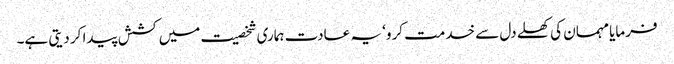
فرمایا مہمان کی کھلے دل سے خدمت کرو‘ یہ عادت ہماری شخصیت میں کشش پیدا کر دیتی ہے۔